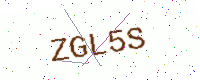
Text: ZGL5S